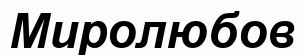
Миролюбов